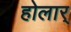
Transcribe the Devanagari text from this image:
होलार्